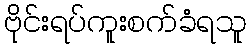
ဗိုင်းရပ်ကူးစက်ခံရသူ